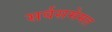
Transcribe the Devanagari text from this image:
सर्वसमेमत